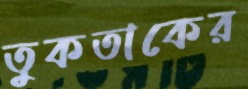
তুকতাকের